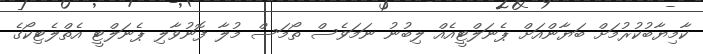
ކާމިޔާބުކުރުމަށް ބަޔާންއަށް ޕެނަލްޓީއެއް ލިބުނު ނަމަވެސް ތޯމަސް މުލާ ފޮނުވާލި ޕެނަލްޓީ އެތްލެޓިކޯގެ